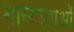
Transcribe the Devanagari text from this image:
मान्याताओं